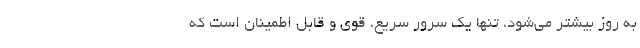
به روز بیشتر می‌شود، تنها یک سرور سریع، قوی و قابل اطمینان است که